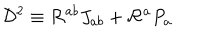
{ \cal D } ^ { 2 } \equiv { \cal R } ^ { a b } J _ { a b } + { \cal R } ^ { a } P _ { a }